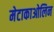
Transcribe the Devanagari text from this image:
मेटाकाओलिन